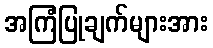
အကြံပြုချက်များအား